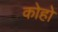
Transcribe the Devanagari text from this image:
कोहो